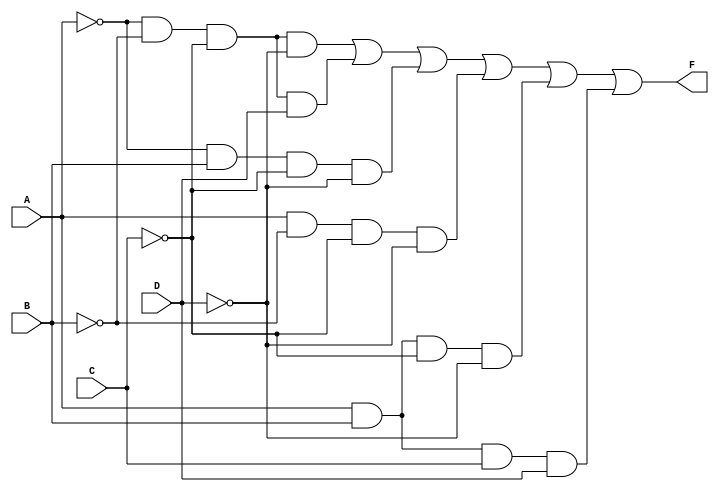
module k_map_4_variable (
    input wire A,  // Input A
    input wire B,  // Input B
    input wire C,  // Input C
    input wire D,  // Input D
    output wire F  // Output F
);

// Internal signals for the minterms
wire A_not = ~A; // NOT A
wire B_not = ~B; // NOT B
wire C_not = ~C; // NOT C
wire D_not = ~D; // NOT D

// Minterm assignments based on the simplified expression
wire minterm1 = A_not & B_not & C_not & D_not; // A'B'C'D'
wire minterm2 = A_not & B_not & C_not & D;     // A'B'C'D
wire minterm3 = A_not & B & C_not & D_not;     // A'BC'D'
wire minterm4 = A & B_not & C_not & D_not;     // AB'C'D'
wire minterm5 = A & B & C_not & D_not;         // ABC'D'
wire minterm6 = A & B & C & D;                  // ABCD

// Final output F is the OR of all minterms
assign F = minterm1 | minterm2 | minterm3 | minterm4 | minterm5 | minterm6;

endmodule